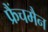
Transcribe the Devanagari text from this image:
फ्रैंचमैन